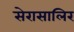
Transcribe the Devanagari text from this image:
सेरासालिर